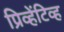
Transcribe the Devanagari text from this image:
प्रिव्हेंटिव्ह